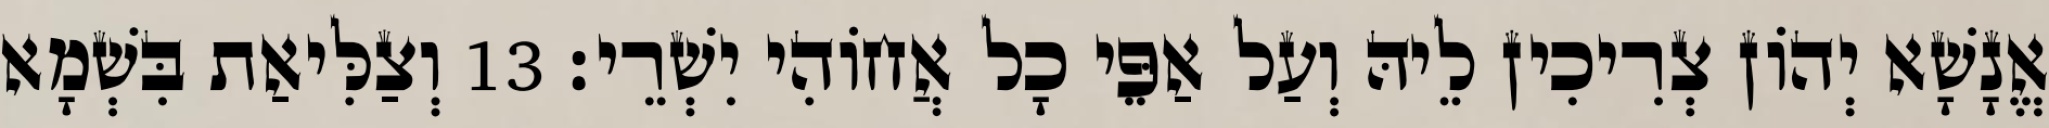
אֱנָשָׁא יְהוֹן צְרִיכִין לֵיהּ וְעַל אַפֵּי כָל אֲחוֹהִי יִשְׁרֵי׃ 13 וְצַלִּיאַת בִּשְׁמָא